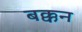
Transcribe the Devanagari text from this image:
बक्कन